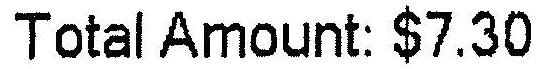
TOTAL AMOUNT: $7.30